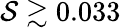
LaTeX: \mathcal{S}\gtrsim 0.033